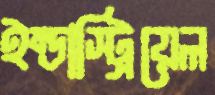
ইন্ডাস্ট্রিয়েল